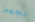
تجهيز